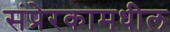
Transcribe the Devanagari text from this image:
संप्रेरकामधील